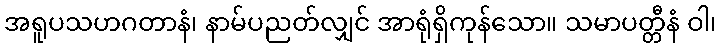
အရူပသဟဂတာနံ၊ နာမ်ပညတ်လျှင် အာရုံရှိကုန်သော။ သမာပတ္တီနံ ဝါ၊